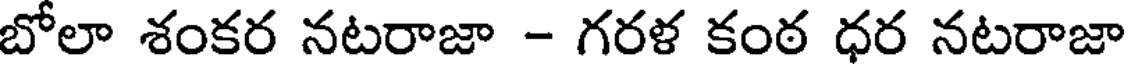
బోలా శంకర నటరాజా - గరళ కంఠ ధర నటరాజా